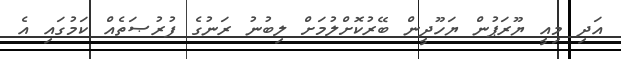
އަދި މިއީ ޔޫރަޕުން ޔަހޫދީން ބޭރުކޮށްލުމަށް ލިބުނު ރަނުގެ ފުރުޞަތެއް ކަމުގައި އެ